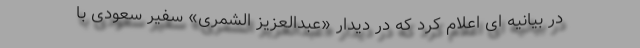
در بیانیه ای اعلام کرد که در دیدار «عبدالعزیز الشمری» سفیر سعودی با